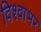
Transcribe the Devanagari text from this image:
विश्वाभर